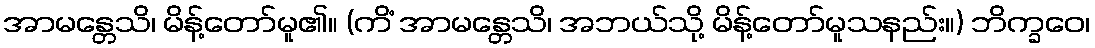
အာမန္တေသိ၊ မိန့်တော်မူ၏။ (ကိံ အာမန္တေသိ၊ အဘယ်သို့ မိန့်တော်မူသနည်း။) ဘိက္ခဝေ၊